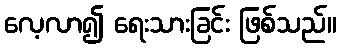
လေ့လာ၍ ရေးသားခြင်း ဖြစ်သည်။